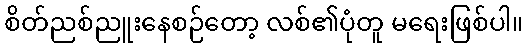
စိတ်ညစ်ညူးနေစဉ်တော့ လစ်၏ပုံတူ မရေးဖြစ်ပါ။